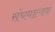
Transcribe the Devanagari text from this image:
संचयात्मक